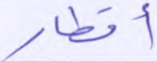
أقطار